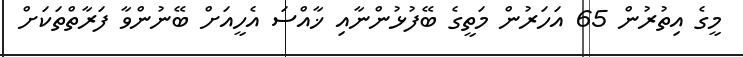
މީގެ އިތުރުން 65 އަހަރުން މަތީގެ ބޭފުޅުންނާއި ޚާއްސަ އެހީއަށް ބޭނުންވާ ފަރާތްތަކަށް